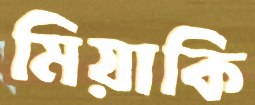
মিয়াকি